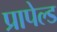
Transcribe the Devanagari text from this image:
प्रापेल्ड